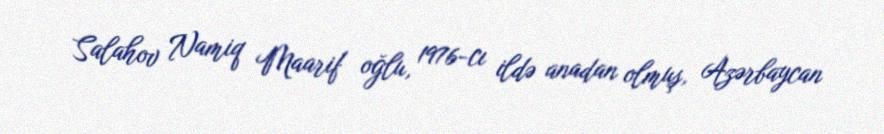
Salahov Namiq Maarif oğlu, 1976-cı ildə anadan olmuş, Azərbaycan